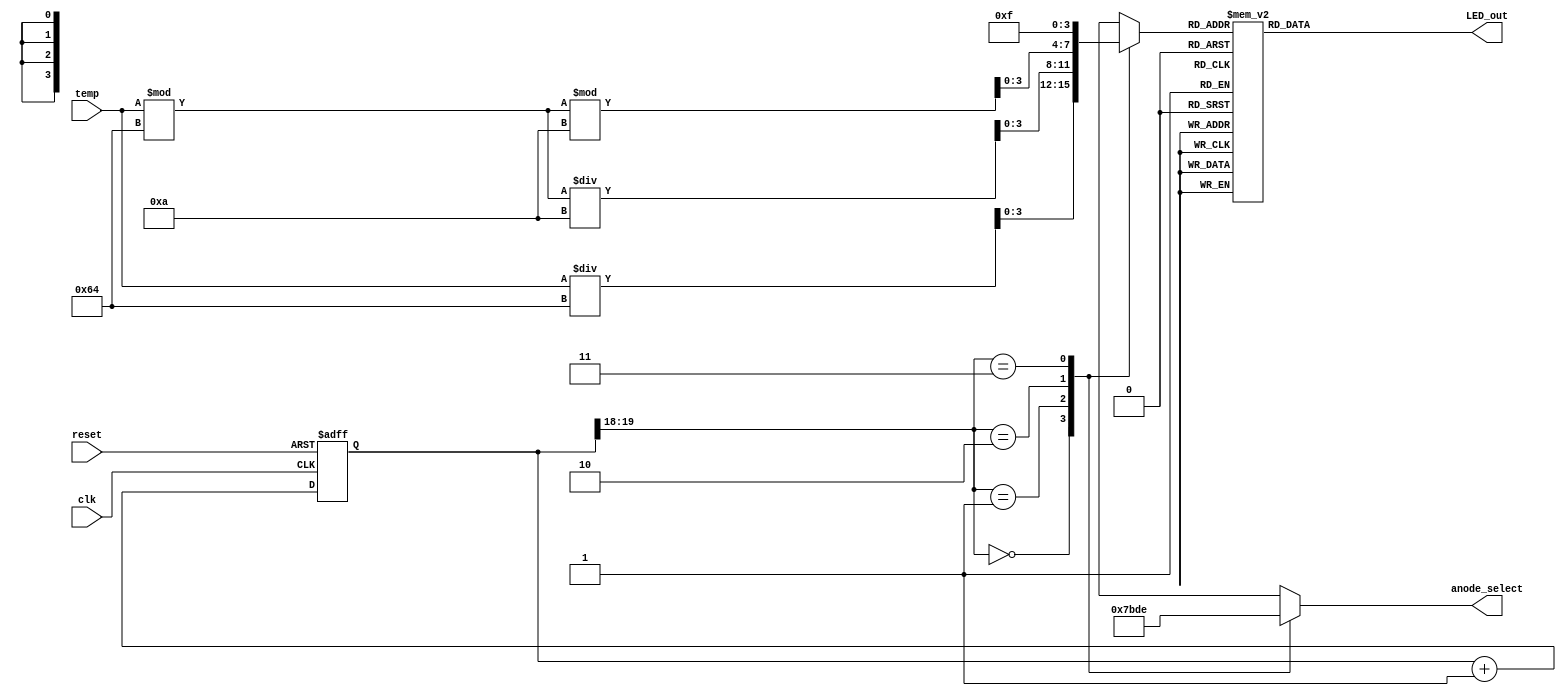
module seven_segment_controller(
    input clk, // 100 Mhz clock source on Basys 3 FPGA
    input reset, // reset
    input [7:0] temp,
    output reg [3:0] anode_select, // select one of the 4 7-segment modules by choosing one to be activated - note that this is an active low signal
    output reg [6:0] LED_out// cathode patterns of the 7-segment LED display
    );

 
    reg [3:0] LED_BCD;
    reg [19:0] refresh_counter; // 20-bit for creating 10.5ms refresh period or 380Hz refresh rate
             // the first 2 MSB bits for creating 4 LED-activating signals with 2.6ms digit period

    wire [1:0] LED_activating_counter; 
                 // count     0    ->  1  ->  2  ->  3
              // activates    LED1    LED2   LED3   LED4
             // and repeat
    
    always @(posedge clk or posedge reset)
    begin 
        if(reset==1)
            refresh_counter <= 0;
        else
            refresh_counter <= refresh_counter + 1;
    end 
    assign LED_activating_counter = refresh_counter[19:18];
    // anode activating signals for 4 LEDs, digit period of 2.6ms
    // decoder to generate anode signals 

    always @(*)
    begin
        case(LED_activating_counter)
        2'b00: begin
            anode_select = 4'b0111; 
            // activate LED1 and Deactivate LED2, LED3, LED4
            LED_BCD = temp/100;
             // the first digit of the 8-bit temperature value
              end
        2'b01: begin
            anode_select = 4'b1011; 
            // activate LED2 and Deactivate LED1, LED3, LED4
            LED_BCD = (temp%100)/10;
            // the second digit of the 8-bit temperature value
              end
        2'b10: begin
            anode_select = 4'b1101; 
            // activate LED3 and Deactivate LED2, LED1, LED4
            LED_BCD = (temp%100)%10;
            // the last digit of the 8-bit temperature value
                end
        2'b11: begin
            anode_select = 4'b1110; 
            // activate LED4 and Deactivate LED2, LED3, LED1
            LED_BCD = 4'hF;
            // F symbol to indicate Fahrenheit
               end
        endcase
    end
    // Cathode patterns of the 7-segment LED display 
    always @(*)
    begin
        case(LED_BCD)
        4'b0000: LED_out = 7'b0000001; // "0"     
        4'b0001: LED_out = 7'b1001111; // "1" 
        4'b0010: LED_out = 7'b0010010; // "2" 
        4'b0011: LED_out = 7'b0000110; // "3" 
        4'b0100: LED_out = 7'b1001100; // "4" 
        4'b0101: LED_out = 7'b0100100; // "5" 
        4'b0110: LED_out = 7'b0100000; // "6" 
        4'b0111: LED_out = 7'b0001111; // "7" 
        4'b1000: LED_out = 7'b0000000; // "8"     
        4'b1001: LED_out = 7'b0000100; // "9" 
        4'b1111: LED_out = 7'b0111000; // "F"
        default: LED_out = 7'b0000001; // "0"
        endcase
    end
 endmodule